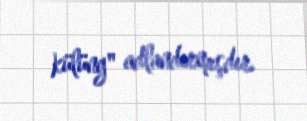
külüng" adlandırmışdır.